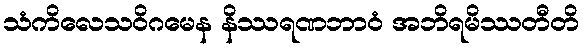
သံကိလေသဝိဂမေန နိဿရဏဘာဝံ အဘိရမိဿတီတိ